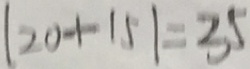
\vert 2 0 + 1 5 \vert = 3 5